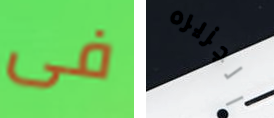
فى الجزيره